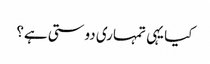
کیا یہی تمہاری دوستی ہے؟